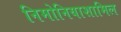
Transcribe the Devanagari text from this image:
निमोनियाशामिल